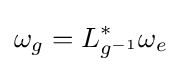
\omega _{g}=L_{g^{-1}}^{*}\omega _{e}